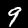
Label: 9